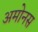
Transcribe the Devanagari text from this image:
अमोनस